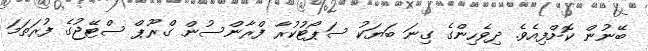
ބޭނުން ކޮށްފިއެވެ. ދިވެހިންގެ ގިނަ ބަޔަކު ސަޕޯޓުކުރާ ފްރާންސުން ގްރޫޕް ސްޓޭޖުގެ ފުރަތަމަ